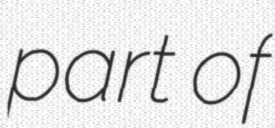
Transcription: part of